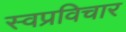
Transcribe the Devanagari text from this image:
स्वप्रविचार